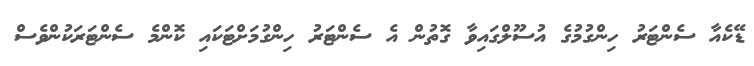
ޑޭކެއާ ސެންޓަރު ހިންގުމުގެ އުސޫލްގައިވާ ގޮތުން އެ ސެންޓަރު ހިންގުމަށްޓަކައި ކޮންމެ ސެންޓަރަކުންވެސް